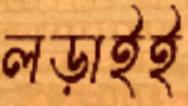
লড়াইই